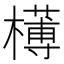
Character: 𣝍